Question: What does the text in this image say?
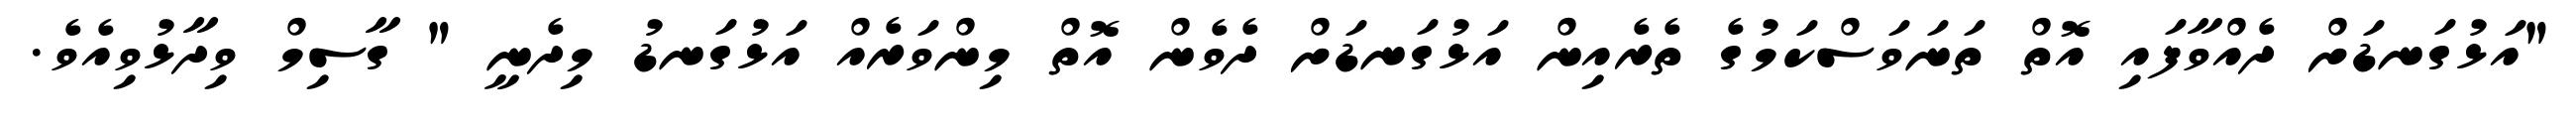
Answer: "އަޅުގަނޑަށް ދެއްވާފައި އޮތް ތަނަވަސްކަމުގެ ތެރެއިން އަޅުގަނޑަށް ދެވެން އޮތް މިންވަރެއް އަޅުގަނޑު މިދެނީ " ގާސިމް ވިދާޅުވިއެވެ.